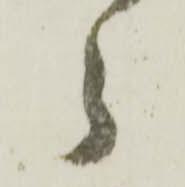
郎